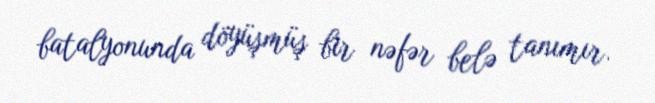
batalyonunda döyüşmüş bir nəfər belə tanımır.